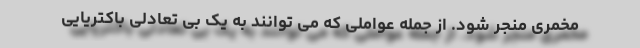
مخمری منجر شود. از جمله عواملی که می توانند به یک بی تعادلی باکتریایی